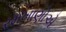
રમખાણોએ